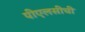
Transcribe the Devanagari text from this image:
पीएलसीची